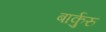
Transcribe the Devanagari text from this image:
बार्कुरु